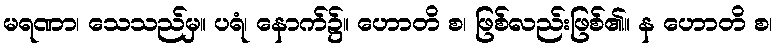
မရဏာ၊ သေသည်မှ။ ပရံ၊ နောက်၌။ ဟောတိ စ၊ ဖြစ်လည်းဖြစ်၏။ န ဟောတိ စ၊